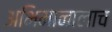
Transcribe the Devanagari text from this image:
अभिमानालाच